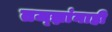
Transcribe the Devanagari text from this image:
तज्‍ज्ञांनाही